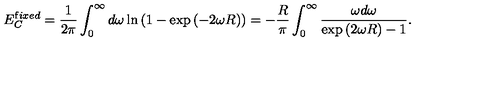
E _ { C } ^ { { \mathrm { f } i x e d } } = \frac { 1 } { 2 \pi } \int _ { 0 } ^ { \infty } d \omega \ln \left( 1 - \exp { ( - 2 \omega R ) } \right) = - \frac { R } { \pi } \int _ { 0 } ^ { \infty } \frac { \omega d \omega } { \exp { ( 2 \omega R ) } - 1 } { . }